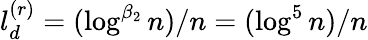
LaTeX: l_{d}^{(r)}=(\log^{\beta_{2}}n)/n=(\log^{5}n)/n